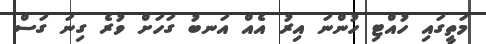
މަތީގައި ހުއްޓި ހުންނަ އިރު އެއް އަނބު ގަހަށް ވުރެ ގިނަ ގަސް